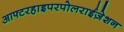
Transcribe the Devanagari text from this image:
आफ्टरहाइपरपोलराईज़ेशन